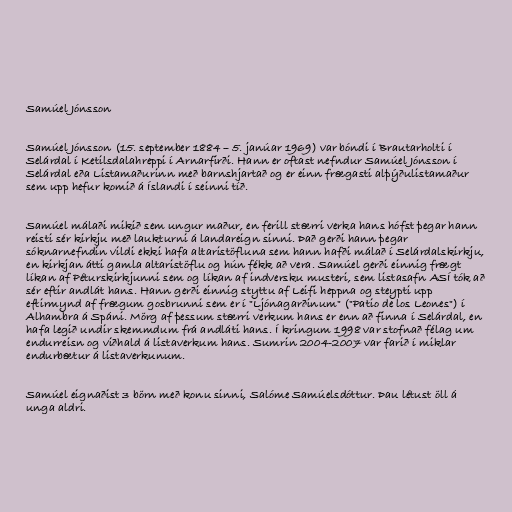
Samúel Jónsson

Samúel Jónsson (15. september 1884 – 5. janúar 1969) var bóndi í Brautarholti í
Selárdal í Ketilsdalahreppi í Arnarfirði. Hann er oftast nefndur Samúel Jónsson í
Selárdal eða Listamaðurinn með barnshjartað og er einn frægasti alþýðulistamaður
sem upp hefur komið á Íslandi í seinni tíð.

Samúel málaði mikið sem ungur maður, en ferill stærri verka hans hófst þegar hann
reisti sér kirkju með laukturni á landareign sinni. Það gerði hann þegar
sóknarnefndin vildi ekki hafa altaristöfluna sem hann hafði málað í Selárdalskirkju,
en kirkjan átti gamla altaristöflu og hún fékk að vera. Samúel gerði einnig frægt
líkan af Péturskirkjunni sem og líkan af indversku musteri, sem listasafn ASÍ tók að
sér eftir andlát hans. Hann gerði einnig styttu af Leifi heppna og steypti upp
eftirmynd af frægum gosbrunni sem er í "Ljónagarðinum" ("Patio de los Leones") í
Alhambra á Spáni. Mörg af þessum stærri verkum hans er enn að finna í Selárdal, en
hafa legið undir skemmdum frá andláti hans. Í kringum 1998 var stofnað félag um
endurreisn og viðhald á listaverkum hans. Sumrin 2004-2007 var farið í miklar
endurbætur á listaverkunum.

Samúel eignaðist 3 börn með konu sinni, Salóme Samúelsdóttur. Þau létust öll á
unga aldri.